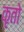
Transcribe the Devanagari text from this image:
कृतो